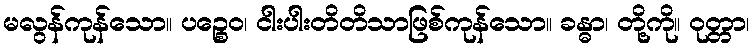
မလွန်ကုန်သော။ ပဉ္စေဝ၊ ငါးပါးတိတိသာဖြစ်ကုန်သော။ ခန္ဓာ၊ တို့ကို။ ဝုတ္တာ၊